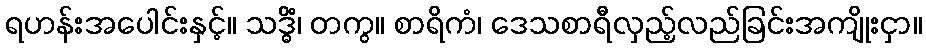
ရဟန်းအပေါင်းနှင့်။ သဒ္ဓိံ၊ တကွ။ စာရိကံ၊ ဒေသစာရီလှည့်လည်ခြင်းအကျိုးငှာ။